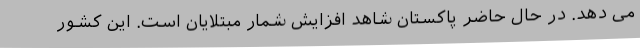
می دهد. در حال حاضر پاکستان شاهد افزایش شمار مبتلایان است. این کشور